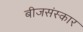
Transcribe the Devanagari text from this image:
बीजसंस्कार